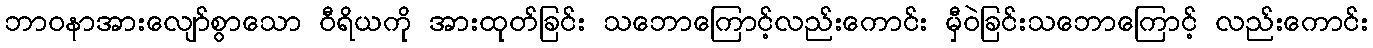
ဘာဝနာအားလျော်စွာသော ဝီရိယကို အားထုတ်ခြင်း သဘောကြောင့်လည်းကောင်း မှီဝဲခြင်းသဘောကြောင့် လည်းကောင်း